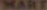
MART